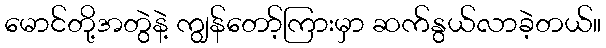
မောင်တို့အတွဲနဲ့ ကျွန်တော့်ကြားမှာ ဆက်နွယ်လာခဲ့တယ်။